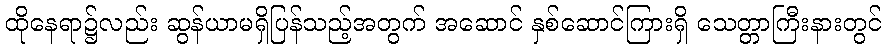
ထိုနေရာ၌လည်း ဆွန်ယာမရှိပြန်သည့်အတွက် အဆောင် နှစ်ဆောင်ကြားရှိ သေတ္တာကြီးနားတွင်